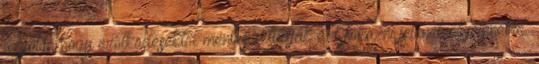
legjobb, hogy erőlködésektől mentesen tudják ezt fokozni jelenetről jelenetre.